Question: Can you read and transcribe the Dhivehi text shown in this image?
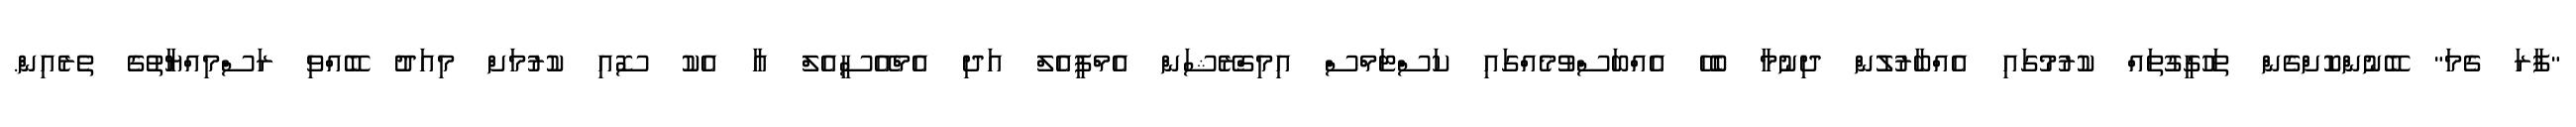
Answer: "ފާރަ ގެމަ" ބޭނުންކޮށްގެން ތަހުގީގުތައް ކުރުމުގައި އެއްބާރުލުން ދިނުމާ ބެހޭ އެއްބަސްވުމެއްގައި ކަސްޓަމްސް އިމިގްރޭޝަން އެމްޕީއެލް އަދި އެމްއޭސީއެލް އާ އެކު ސޮއި ކުރުމަށް މިއަދު ބޭއްވި ރަސްމިއްޔާތުގެ ތެރެއިން.